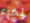
لجزء